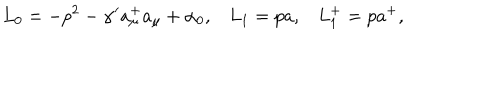
L _ { 0 } = - p ^ { 2 } - \alpha ^ { \prime } a _ { \mu } ^ { + } a _ { \mu } + \alpha _ { 0 } , L _ { 1 } = p a , L _ { 1 } ^ { + } = p a ^ { + } ,